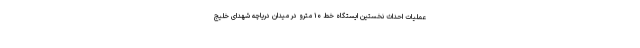
عملیات احداث نخستین ایستگاه خط ۱۰ مترو در میدان دریاچه شهدای خلیج